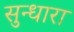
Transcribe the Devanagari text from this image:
सुन्धारा